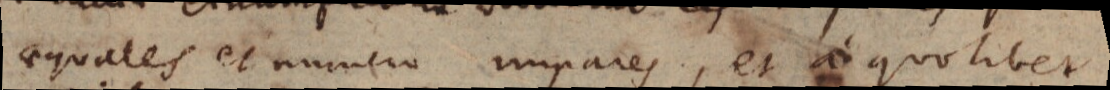
aequales et numero impares, et a quolibet